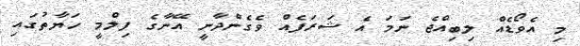
މި އެވޯޑެއް ލިބިއްޖެ ނަމަ އެ ޝަރަފެއް ވެގެންދާނީ އޭނާގެ ފިލްމީ ހަޔާތުގައި